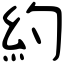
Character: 約